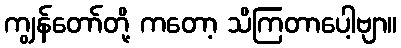
ကျွန်တော်တို့ ကတော့ သိကြတာပေါ့ဗျာ။